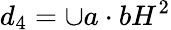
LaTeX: d_{4}=\cup a\cdot bH^{2}